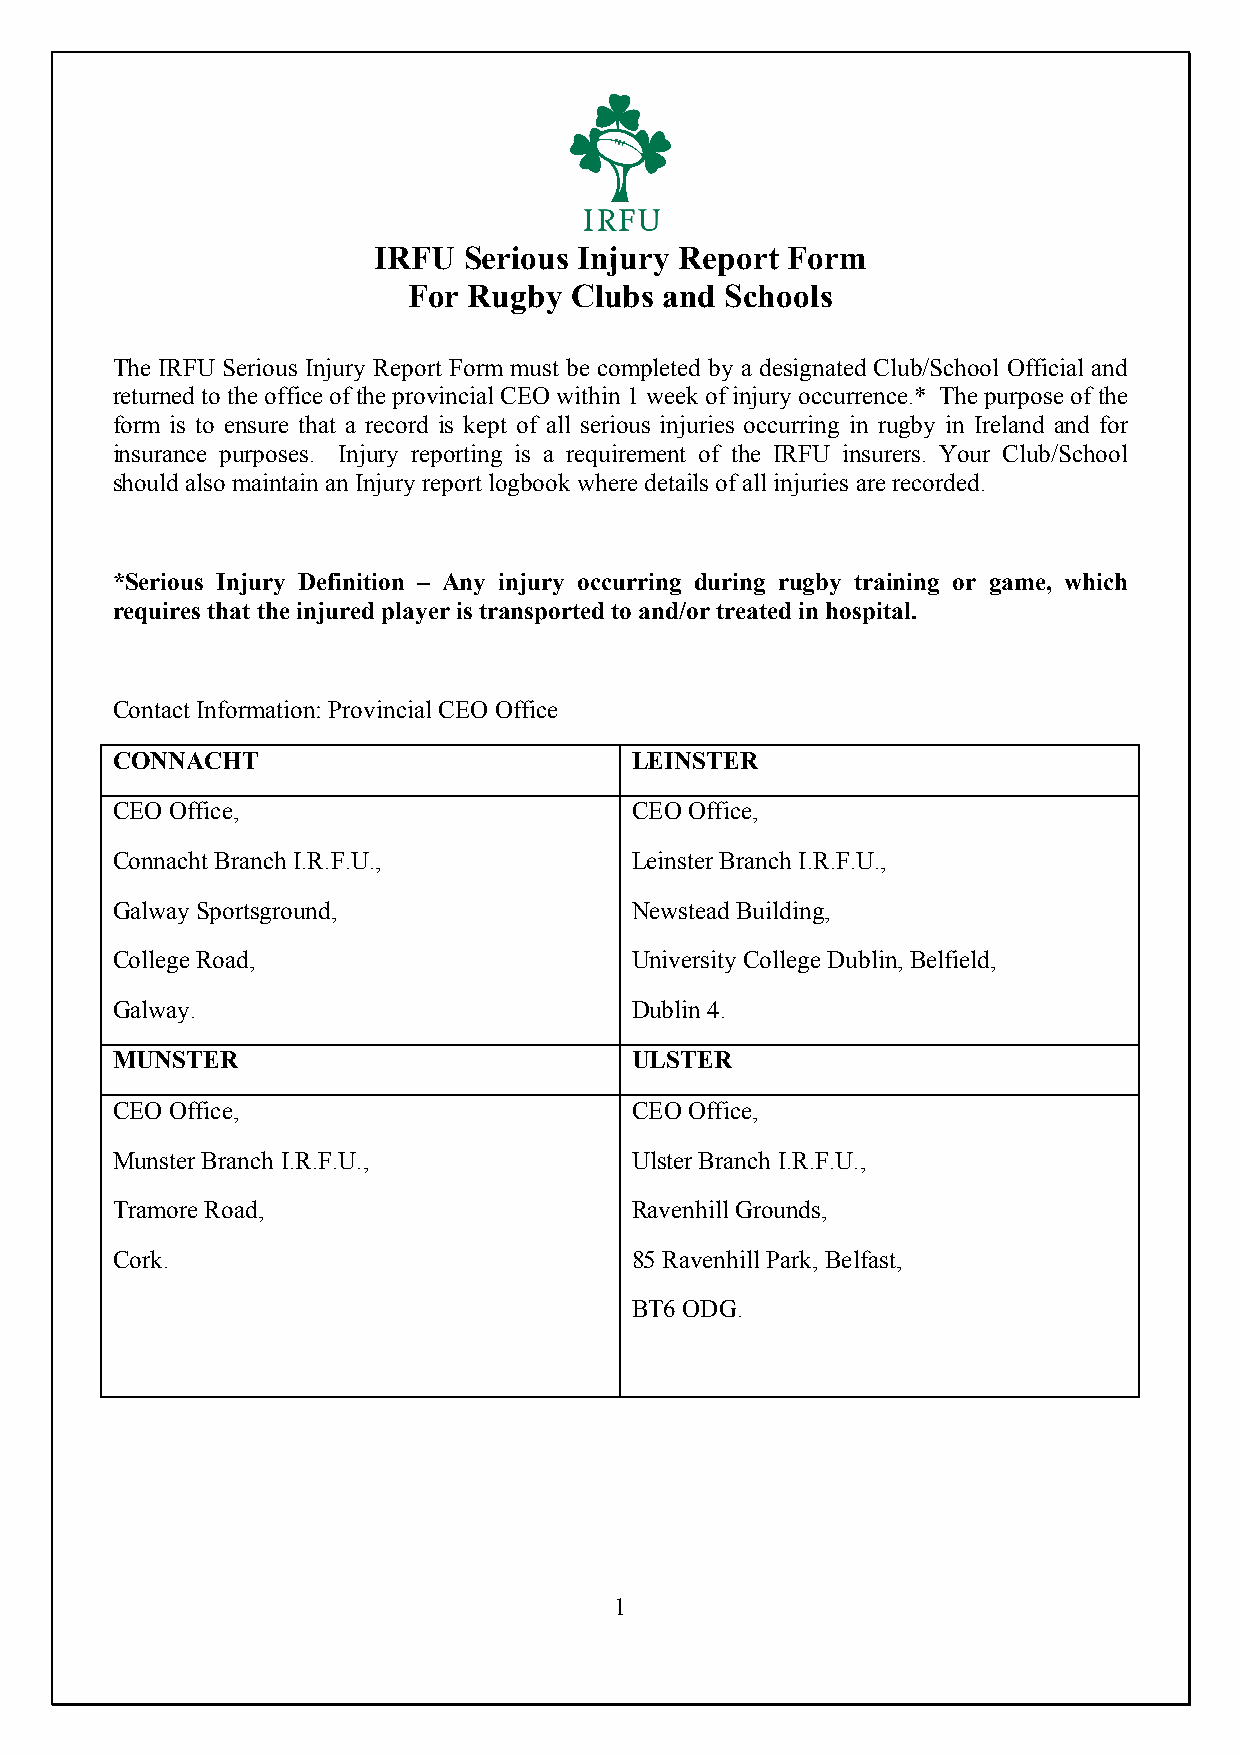
IRFU  Serious Injury Report Form
 For Rugby  Clubs and Schools
 The IRFU Serious Injury Report Form must be completed by a designated Club/School Official and
 returned to the office of the provincial CEO within 1 week of injury occurrence.* The purpose of the
 form is to ensure that a record is kept of all serious injuries occurring in rugby in Ireland and for
 insurance purposes. Injury reporting is a requirement of the IRFU insurers. Your Club/School
 should also maintain an Injury report logbook where details of all injuries are recorded.
 *Serious Injury Definition – Any injury occurring during rugby training or game, which
 requires that the injured player is transported to and/or treated in hospital.
 Contact Information: Provincial CEO Office
 CONNACHT                           LEINSTER
 CEO Office,                        CEO Office,
 Connacht Branch I.R.F.U.,          Leinster Branch I.R.F.U.,
 Galway Sportsground,               Newstead Building,
 College Road,                      University College Dublin, Belfield,
 Galway.                            Dublin 4.
 MUNSTER                            ULSTER
 CEO Office,                        CEO Office,
 Munster Branch I.R.F.U.,           Ulster Branch I.R.F.U.,
 Tramore Road,                      Ravenhill Grounds,
 Cork.                              85 Ravenhill Park, Belfast,
 BT6 ODG.
 1